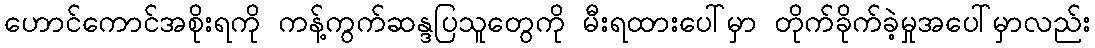
ဟောင်ကောင်အစိုးရကို ကန့်ကွက်ဆန္ဒပြသူတွေကို မီးရထားပေါ်မှာ တိုက်ခိုက်ခဲ့မှုအပေါ်မှာလည်း